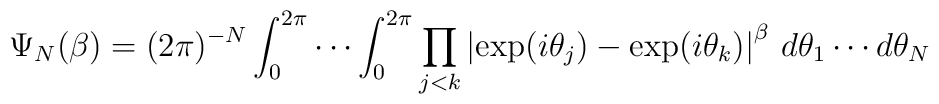
\Psi_N(\beta)=(2\pi)^{-N} \int_0^{2\pi}\cdots \int_0^{2\pi}\prod_{j<k}\left\vert\exp(i\theta_j)-\exp(i\theta_k)\right\vert^\beta\,d\theta_1\cdots d\theta_N